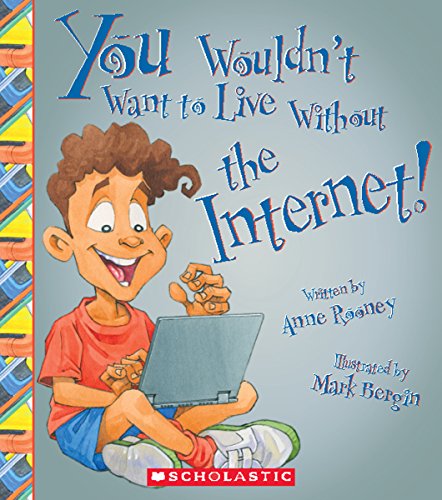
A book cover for You Wouldn't Want to Live Without the Internet!; Anne Rooney; Children's Books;